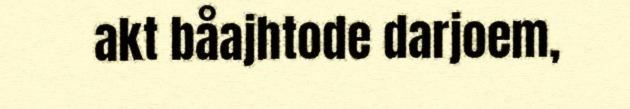
akt båajhtode darjoem,